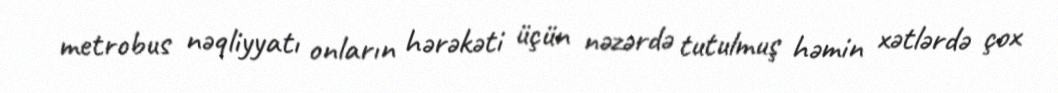
metrobus nəqliyyatı onların hərəkəti üçün nəzərdə tutulmuş həmin xətlərdə çox